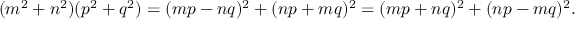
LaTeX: ( m ^ { 2 } + n ^ { 2 } ) ( p ^ { 2 } + q ^ { 2 } ) = ( m p - n q ) ^ { 2 } + ( n p + m q ) ^ { 2 } = ( m p + n q ) ^ { 2 } + ( n p - m q ) ^ { 2 } .